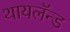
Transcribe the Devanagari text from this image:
थायलॅन्ड